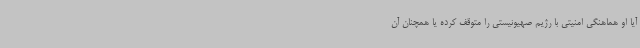
آیا او هماهنگی امنیتی با رژیم صهیونیستی را متوقف کرده یا همچنان آن